Triennial report on the lunatic asylums in the province of Eastern Bengal and Assam - 1903-1911
Year: 1903
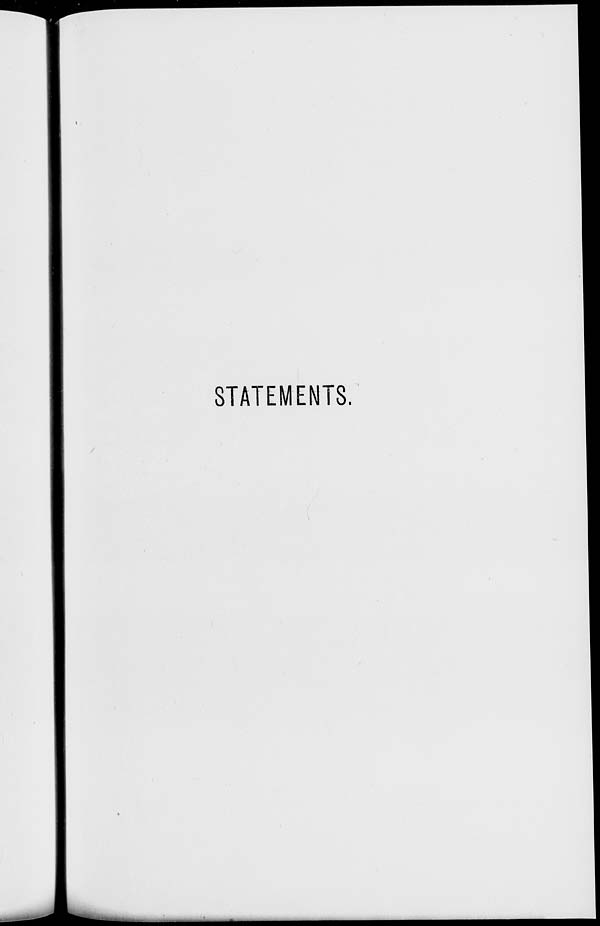
STATEMENTS.